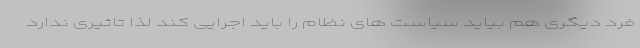
فرد دیگری هم بیاید سیاست های نظام را باید اجرایی کند لذا تاثیری ندارد